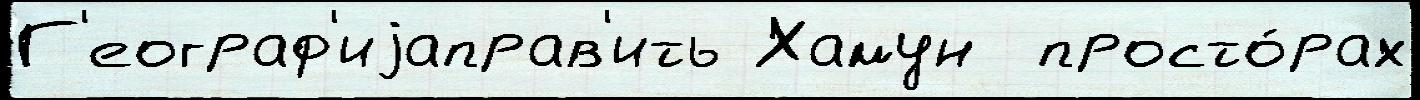
Г'еограф'иjаправ'ить Хамун  просто́рах